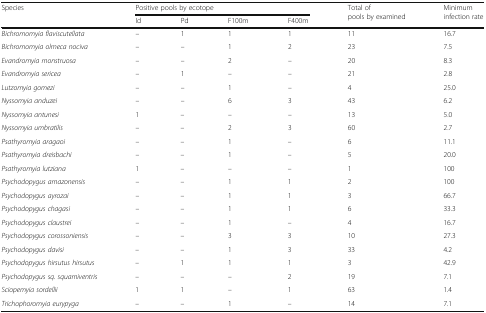
<table><thead><tr><td rowspan="2"><b>Species</b></td><td colspan="4"><b>Positive pools by ecotope</b></td><td rowspan="2"><b>Total of pools by examined</b></td><td rowspan="2"><b>Minimum infection rate</b></td></tr><tr><td><b>Id</b></td><td><b>Pd</b></td><td><b>F100m</b></td><td><b>F400m</b></td></tr></thead><tbody><tr><td><i>Bichromomyia flaviscutellata</i></td><td>–</td><td>1</td><td>1</td><td>1</td><td>11</td><td>16.7</td></tr><tr><td><i>Bichromomyia olmeca nociva</i></td><td>–</td><td>–</td><td>1</td><td>2</td><td>23</td><td>7.5</td></tr><tr><td><i>Evandromyia monstruosa</i></td><td>–</td><td>–</td><td>2</td><td>–</td><td>20</td><td>8.3</td></tr><tr><td><i>Evandromyia sericea</i></td><td>–</td><td>1</td><td>–</td><td>–</td><td>21</td><td>2.8</td></tr><tr><td><i>Lutzomyia gomezi</i></td><td>–</td><td>–</td><td>1</td><td>–</td><td>4</td><td>25.0</td></tr><tr><td><i>Nyssomyia anduzei</i></td><td>–</td><td>–</td><td>6</td><td>3</td><td>43</td><td>6.2</td></tr><tr><td><i>Nyssomyia antunesi</i></td><td>1</td><td>–</td><td>–</td><td>–</td><td>13</td><td>5.0</td></tr><tr><td><i>Nyssomyia umbratilis</i></td><td>–</td><td>–</td><td>2</td><td>3</td><td>60</td><td>2.7</td></tr><tr><td><i>Psathyromyia aragaoi</i></td><td>–</td><td>–</td><td>1</td><td>–</td><td>6</td><td>11.1</td></tr><tr><td><i>Psathyromyia dreisbachi</i></td><td>–</td><td>–</td><td>1</td><td>–</td><td>5</td><td>20.0</td></tr><tr><td><i>Psathyromyia lutziana</i></td><td>1</td><td>–</td><td>–</td><td>–</td><td>1</td><td>100</td></tr><tr><td><i>Psychodopygus amazonensis</i></td><td>–</td><td>–</td><td>1</td><td>1</td><td>2</td><td>100</td></tr><tr><td><i>Psychodopygus ayrozai</i></td><td>–</td><td>–</td><td>1</td><td>1</td><td>3</td><td>66.7</td></tr><tr><td><i>Psychodopygus chagasi</i></td><td>–</td><td>–</td><td>1</td><td>1</td><td>6</td><td>33.3</td></tr><tr><td><i>Psychodopygus claustrei</i></td><td>–</td><td>–</td><td>1</td><td>–</td><td>4</td><td>16.7</td></tr><tr><td><i>Psychodopygus corossoniensis</i></td><td>–</td><td>–</td><td>3</td><td>3</td><td>10</td><td>27.3</td></tr><tr><td><i>Psychodopygus davisi</i></td><td>–</td><td>–</td><td>1</td><td>3</td><td>33</td><td>4.2</td></tr><tr><td><i>Psychodopygus hirsutus hirsutus</i></td><td>–</td><td>1</td><td>1</td><td>1</td><td>3</td><td>42.9</td></tr><tr><td><i>Psychodopygus sq. squamiventris</i></td><td>–</td><td>–</td><td>–</td><td>2</td><td>19</td><td>7.1</td></tr><tr><td><i>Sciopemyia sordellii</i></td><td>1</td><td>1</td><td>–</td><td>1</td><td>63</td><td>1.4</td></tr><tr><td><i>Trichophoromyia eurypyga</i></td><td>–</td><td>–</td><td>1</td><td>–</td><td>14</td><td>7.1</td></tr></tbody></table>